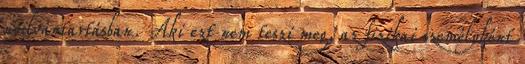
nyilvántartásban. Aki ezt nem teszi meg, az fizikai személyként